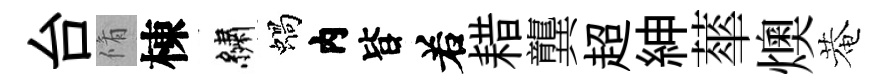
台脩棟繡蝸内𣅜𠰥耤龔超紳蕐燠菴